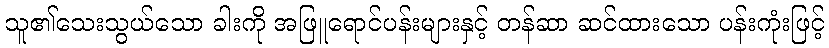
သူ၏သေးသွယ်သော ခါးကို အဖြူရောင်ပန်းများနှင့် တန်ဆာ ဆင်ထားသော ပန်းကုံးဖြင့်